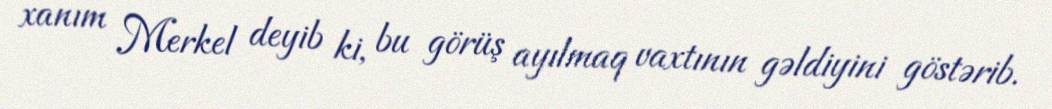
xanım Merkel deyib ki, bu görüş ayılmaq vaxtının gəldiyini göstərib.